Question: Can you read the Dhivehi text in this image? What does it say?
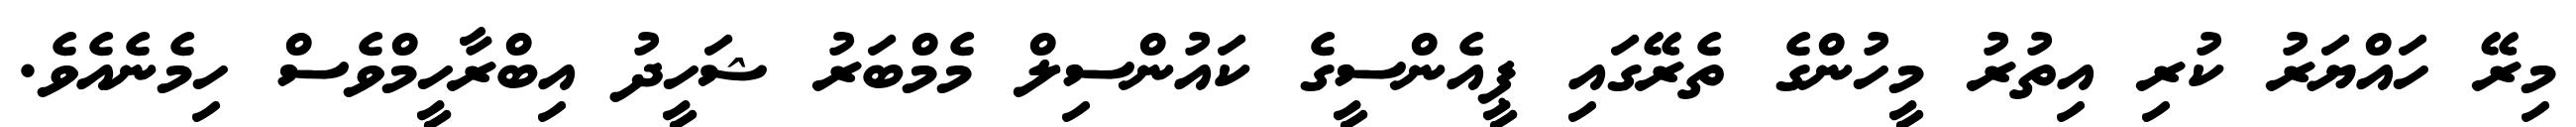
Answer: މިރޭ ހައްޔަރު ކުރި އިތުރު މީހުންގެ ތެރޭގައި ޕީއެންސީގެ ކައުންސިލް މެމްބަރު ޝަހީދު އިބްރާހީމްވެސް ހިމެނެއެވެ.